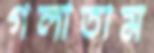
গলাতাম